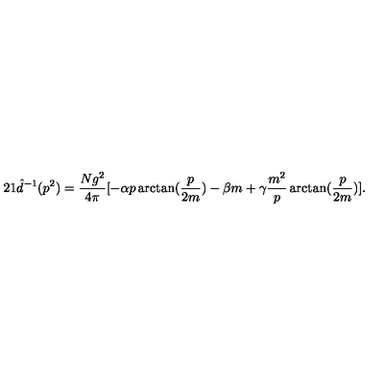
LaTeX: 2 1 \hat { d } ^ { - 1 } ( p ^ { 2 } ) = \frac { N g ^ { 2 } } { 4 \pi } [ - \alpha p \arctan ( \frac { p } { 2 m } ) - \beta m + \gamma \frac { m ^ { 2 } } { p } \arctan ( \frac { p } { 2 m } ) ] .